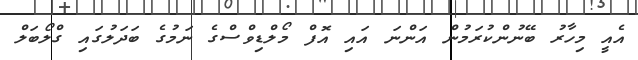
އެއީ މިހާރު ބޭނުންކުރަމުން އަންނަ އައި އޮފް މޯލްޑިވްސްގެ ނަމުގެ ބަދަލުގައި ގްލޯބަލް